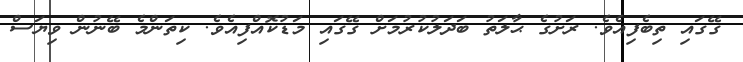
ގޭގައި ތިބެފިއެވެ. ރަށުގެ ޙާލަތު ބަދަލުކުރުމަށް ގޭގައި މަޑުކޮއްފިއެވެ. ކިތަންމެ ބޭނުން ވިޔަސް